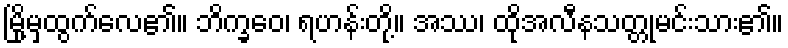
မြို့မှထွက်လေ၏။ ဘိက္ခဝေ၊ ရဟန်းတို့။ အဿ၊ ထိုအလီနသတ္တုမင်းသား၏။